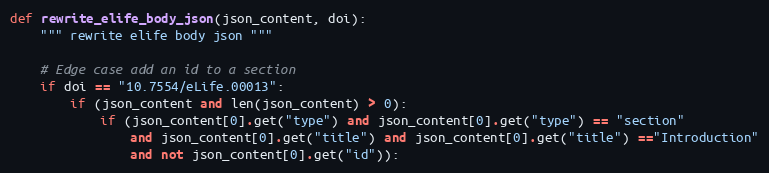
Language: Python
def rewrite_elife_body_json(json_content, doi):
    """ rewrite elife body json """

    # Edge case add an id to a section
    if doi == "10.7554/eLife.00013":
        if (json_content and len(json_content) > 0):
            if (json_content[0].get("type") and json_content[0].get("type") == "section"
                and json_content[0].get("title") and json_content[0].get("title") =="Introduction"
                and not json_content[0].get("id")):